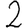
Digit: 2